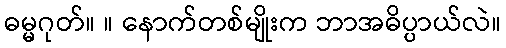
ဓမ္မဂုတ်။ ။ နောက်တစ်မျိုးက ဘာအဓိပ္ပာယ်လဲ။